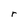
Character: r